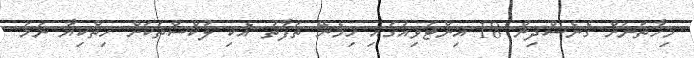
މިހާތަނަށް ގެނެސްދިން 18 އިންޓަވިއުގައި ހިމެނޭ ތަފާތު އެކި ލުކްސްތަކަށް ހިތްކިޔާ ނަމަ